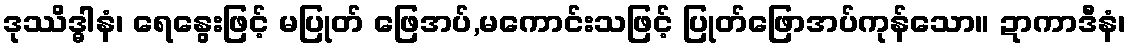
ဒုဿိဒ္ဓါနံ၊ ရေနွေးဖြင့် မပြုတ် ဖြေအပ်,မကောင်းသဖြင့် ပြုတ်ဖြောအပ်ကုန်သော။ ဍာကာဒီနံ၊